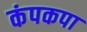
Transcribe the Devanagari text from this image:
कंपकपा